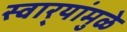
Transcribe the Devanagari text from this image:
स्वार्‍यांमुळे